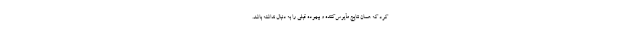
كرد كه همان نتايج مأيوس‌كننده و بيهوده قبلي را به دنبال نداشته باشد.